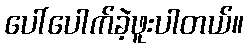
ပေါ်ပေါက်ခဲ့ဖူးပါတယ်။